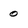
Character: 0